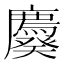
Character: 𰐆